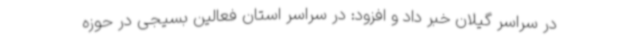
در سراسر گیلان خبر داد و افزود: در سراسر استان فعالین بسیجی در حوزه